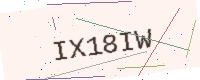
Text: IX18IW